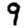
Digit: 9